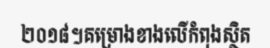
២០១៨។គម្រោងខាងលើកំពុងស្ថិត